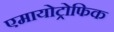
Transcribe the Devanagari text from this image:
एमायोट्रोफिक